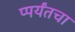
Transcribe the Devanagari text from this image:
प्पर्यंतचा